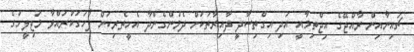
ޗައިނާއިން ރާއްޖޭގެ އިޖްތިމާއީ އަދި އިގްތިސާދީ ދާއިރާތަކަށް ދެމުންގެންދާ އެހީތެރިކަން ފާހަގަކުރައްވާ މަޖިލީހުގެ